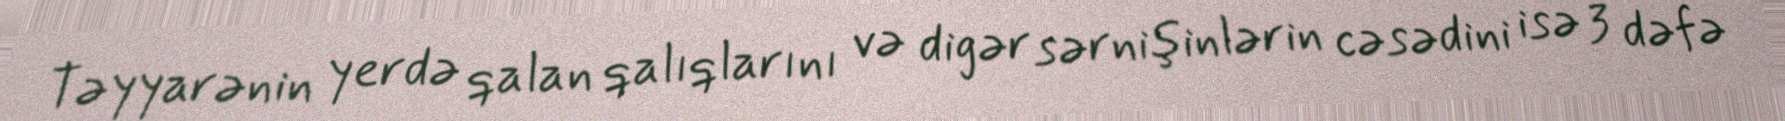
Təyyarənin yerdə qalan qalıqlarını və digər sərnişinlərin cəsədini isə 3 dəfə